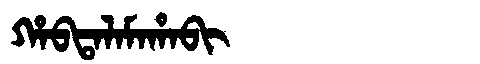
Manchu: ᡥᠠᠪᡨᠠᠯᠠᠮᠠᡥᠠᠪᡳ
Romanization: HABTALAMAHABI